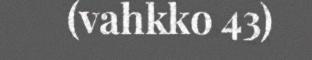
(vahkko 43)